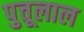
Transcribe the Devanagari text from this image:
पुत्तूलाल